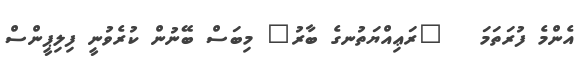
އެންމެ ފުރަތަމަ   "ރަޢިއްޔަތުނގެ ބާރު" މިބަސް ބޭނުން ކުރެވުނީ ފިލިޕީންސް